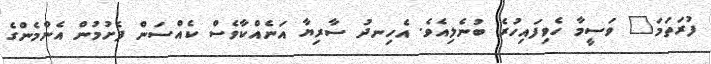
ފުރަތަމަ" ވަސީމާ ހެވިފައިހުރެ ބުނެލިއެވެ. އެހިނދު ސާރިޔާ އަނެއްކާވެސް ކެއްސަން ފެށުމުން އެންމެންގެ